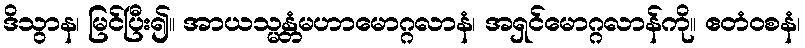
ဒိသွာန၊ မြင်ပြီး၍။ အာယသ္မန္တံမဟာမောဂ္ဂလာနံ၊ အရှင်မောဂ္ဂလာန်ကို။ ဧတံဝစနံ၊